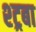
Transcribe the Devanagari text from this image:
श्ट्रबा